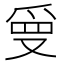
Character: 𭆲